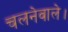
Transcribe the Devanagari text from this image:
चलनेवाले।